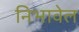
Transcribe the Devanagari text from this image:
निभावेल